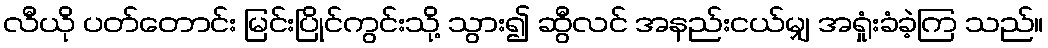
လီယို ပတ်တောင်း မြင်းပြိုင်ကွင်းသို့ သွား၍ ဆွီလင် အနည်းငယ်မျှ အရှုံးခံခဲ့ကြ သည်။